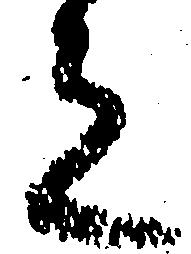
足